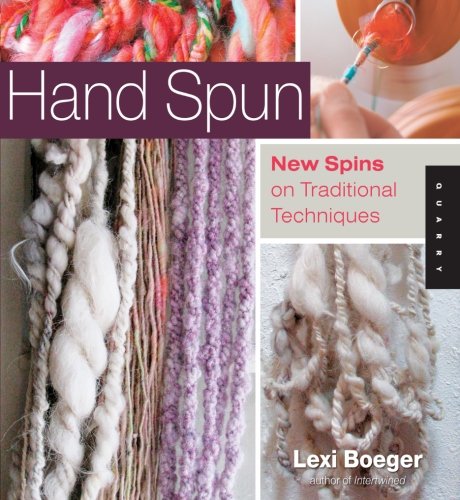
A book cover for Hand Spun: New Spins on Traditional Techniques; Lexi Boeger; Crafts, Hobbies & Home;